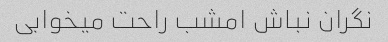
نگران نباش امشب راحت میخوابی